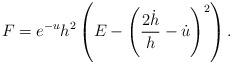
LaTeX: \begin{align*} F = e^{-u} h^2 \left(E - \left( \frac{2 \dot{h}}{h} - \dot{u} \right)^2 \right).\end{align*}